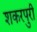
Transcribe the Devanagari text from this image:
शकरपुरी